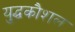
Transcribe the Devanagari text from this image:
यु्द्धकौशल